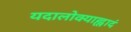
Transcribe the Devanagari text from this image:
यदालोक्याह्लादं